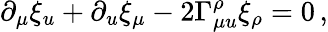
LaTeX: \partial_{\mu}\xi_{u}+\partial_{u}\xi_{\mu}-2\Gamma_{\mu u}^{\rho}\xi_{\rho}=0\, ,